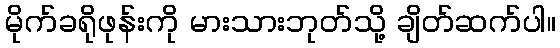
မိုက်ခရိုဖုန်းကို မားသားဘုတ်သို့ ချိတ်ဆက်ပါ။